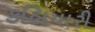
કલિયારી